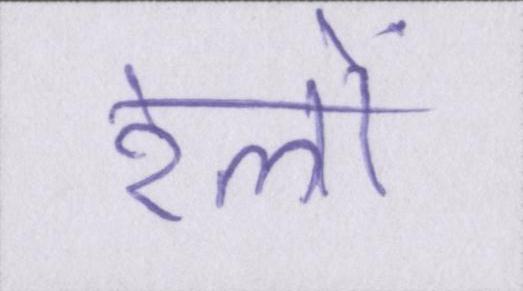
रेलों